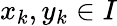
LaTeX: x_{k},y_{k}\in I